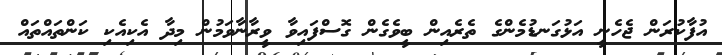
އުފާކުރަން ޖެހެނީ އަޅުގަނޑުމެންގެ ތެރެއިން ބީވެގެން ގޮސްފައިވާ ވީރާނާވަމުން މިދާ އެކިއެކި ކަންތައްތައް